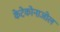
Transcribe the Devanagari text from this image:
केटेकोनाजोल